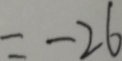
= - 2 6